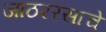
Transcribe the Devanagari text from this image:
जाठररसाचे